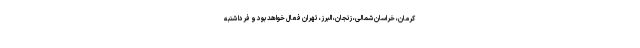
کرمان، خراسان شمالی، زنجان، البرز، تهران فعال خواهد بود و فردا شنبه